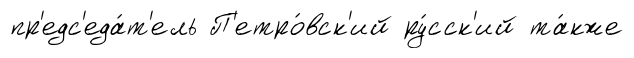
пр'едс'еда́т'ель П'етро́вск'ий ру́сск'ий та́кже